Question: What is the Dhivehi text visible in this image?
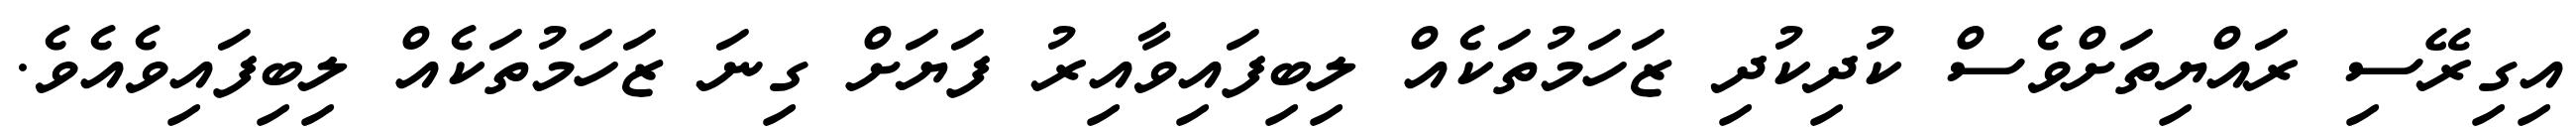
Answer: އިގިރޭސި ރައްޔިތަށްވެސް ކުދިކުދި ޒަހަމުތަކެއް ލިބިފައިވާއިރު ފަޔަށް ގިނަ ޒަހަމުތަކެއް ލިބިފައިވެއެވެ.